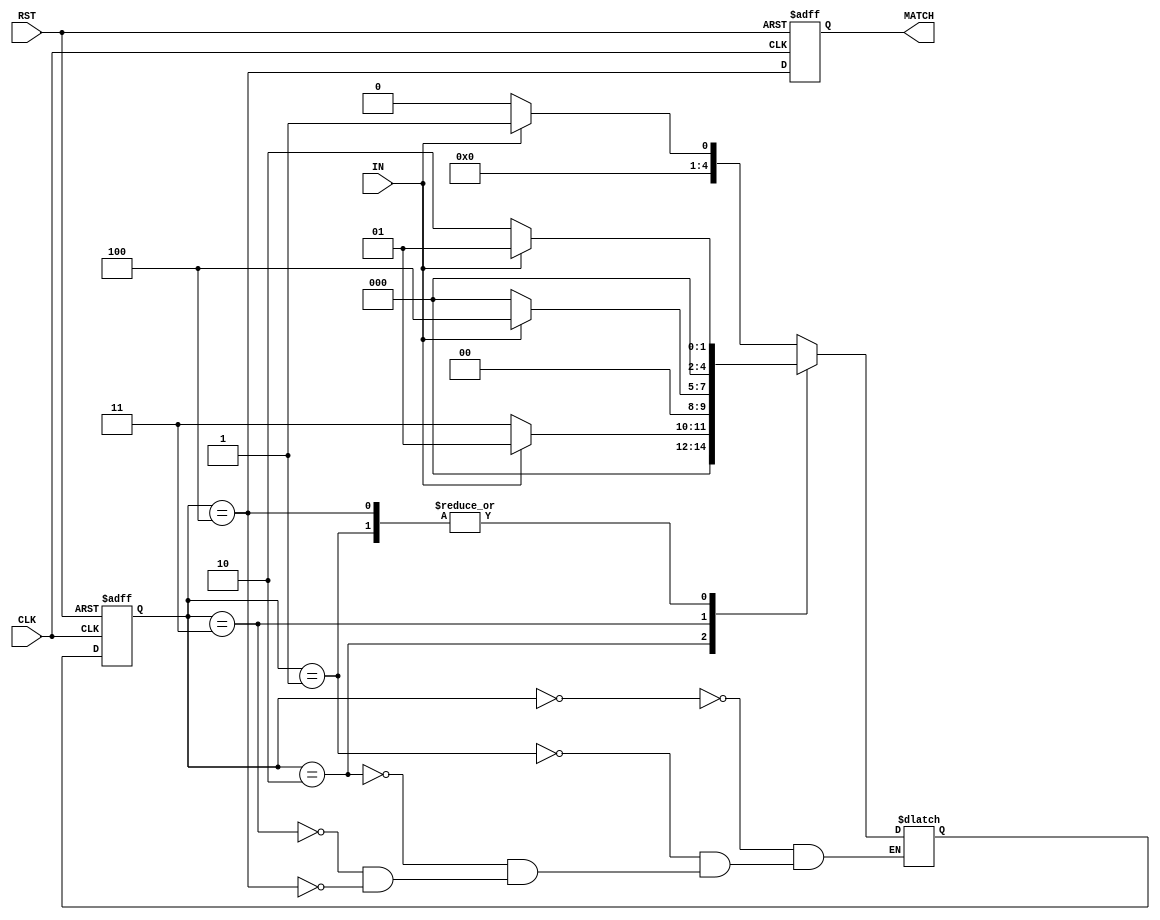
module fsm (
  input IN,
  input CLK,
  input RST,
  output reg MATCH
);

  reg [4:0] state;
  reg [4:0] next_state;

  parameter S0 = 5'b00000;
  parameter S1 = 5'b00001;
  parameter S2 = 5'b00010;
  parameter S3 = 5'b00011;
  parameter S4 = 5'b00100;

  always @(posedge CLK or posedge RST) begin
    if (RST) begin
      state <= S0;
      MATCH <= 0;
    end
    else begin
      state <= next_state;
      MATCH <= (state == S4);
    end
  end

  always @(state or IN) begin
    case (state)
      S0: begin
        if (IN)
          next_state <= S1;
        else
          next_state <= S0;
      end
      S1: begin
        if (IN)
          next_state <= S1;
        else
          next_state <= S2;
      end
      S2: begin
        if (IN)
          next_state <= S1;
        else
          next_state <= S3;
      end
      S3: begin
        if (IN)
          next_state <= S4;
        else
          next_state <= S0;
      end
      S4: begin
        if (IN)
          next_state <= S1;
        else
          next_state <= S2;
      end
    endcase
  end

endmodule